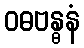
ဝဓဗန္ဓနံ